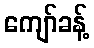
ကျော်ခန့်